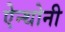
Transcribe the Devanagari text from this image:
ऐन्थोनी